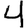
Digit: 4